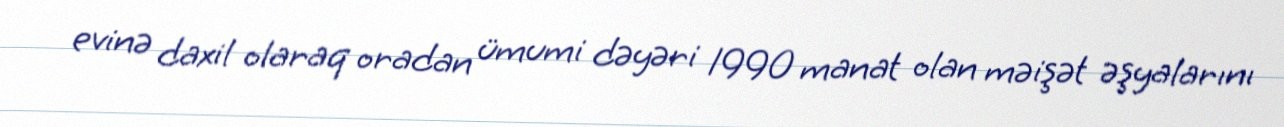
evinə daxil olaraq oradan ümumi dəyəri 1990 manat olan məişət əşyalarını